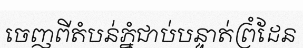
ចេញពីតំបន់ភ្នំជាប់បន្ទាត់ព្រំដែន